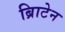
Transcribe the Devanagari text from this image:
ब्रिाटेन